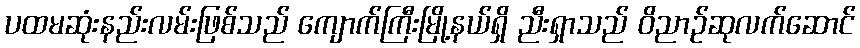
ပထမဆုံးနည်းလမ်းဖြစ်သည် ကျောက်ကြီးမြို့နယ်ရှိ ညီးရှာသည် ဝိညာဉ်ဆုလက်ဆောင်